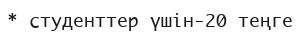
* студенттер үшін-20 теңге